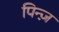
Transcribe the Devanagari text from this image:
पिन्ज़